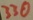
Text: 330